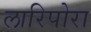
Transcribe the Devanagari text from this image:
लारिपोरा